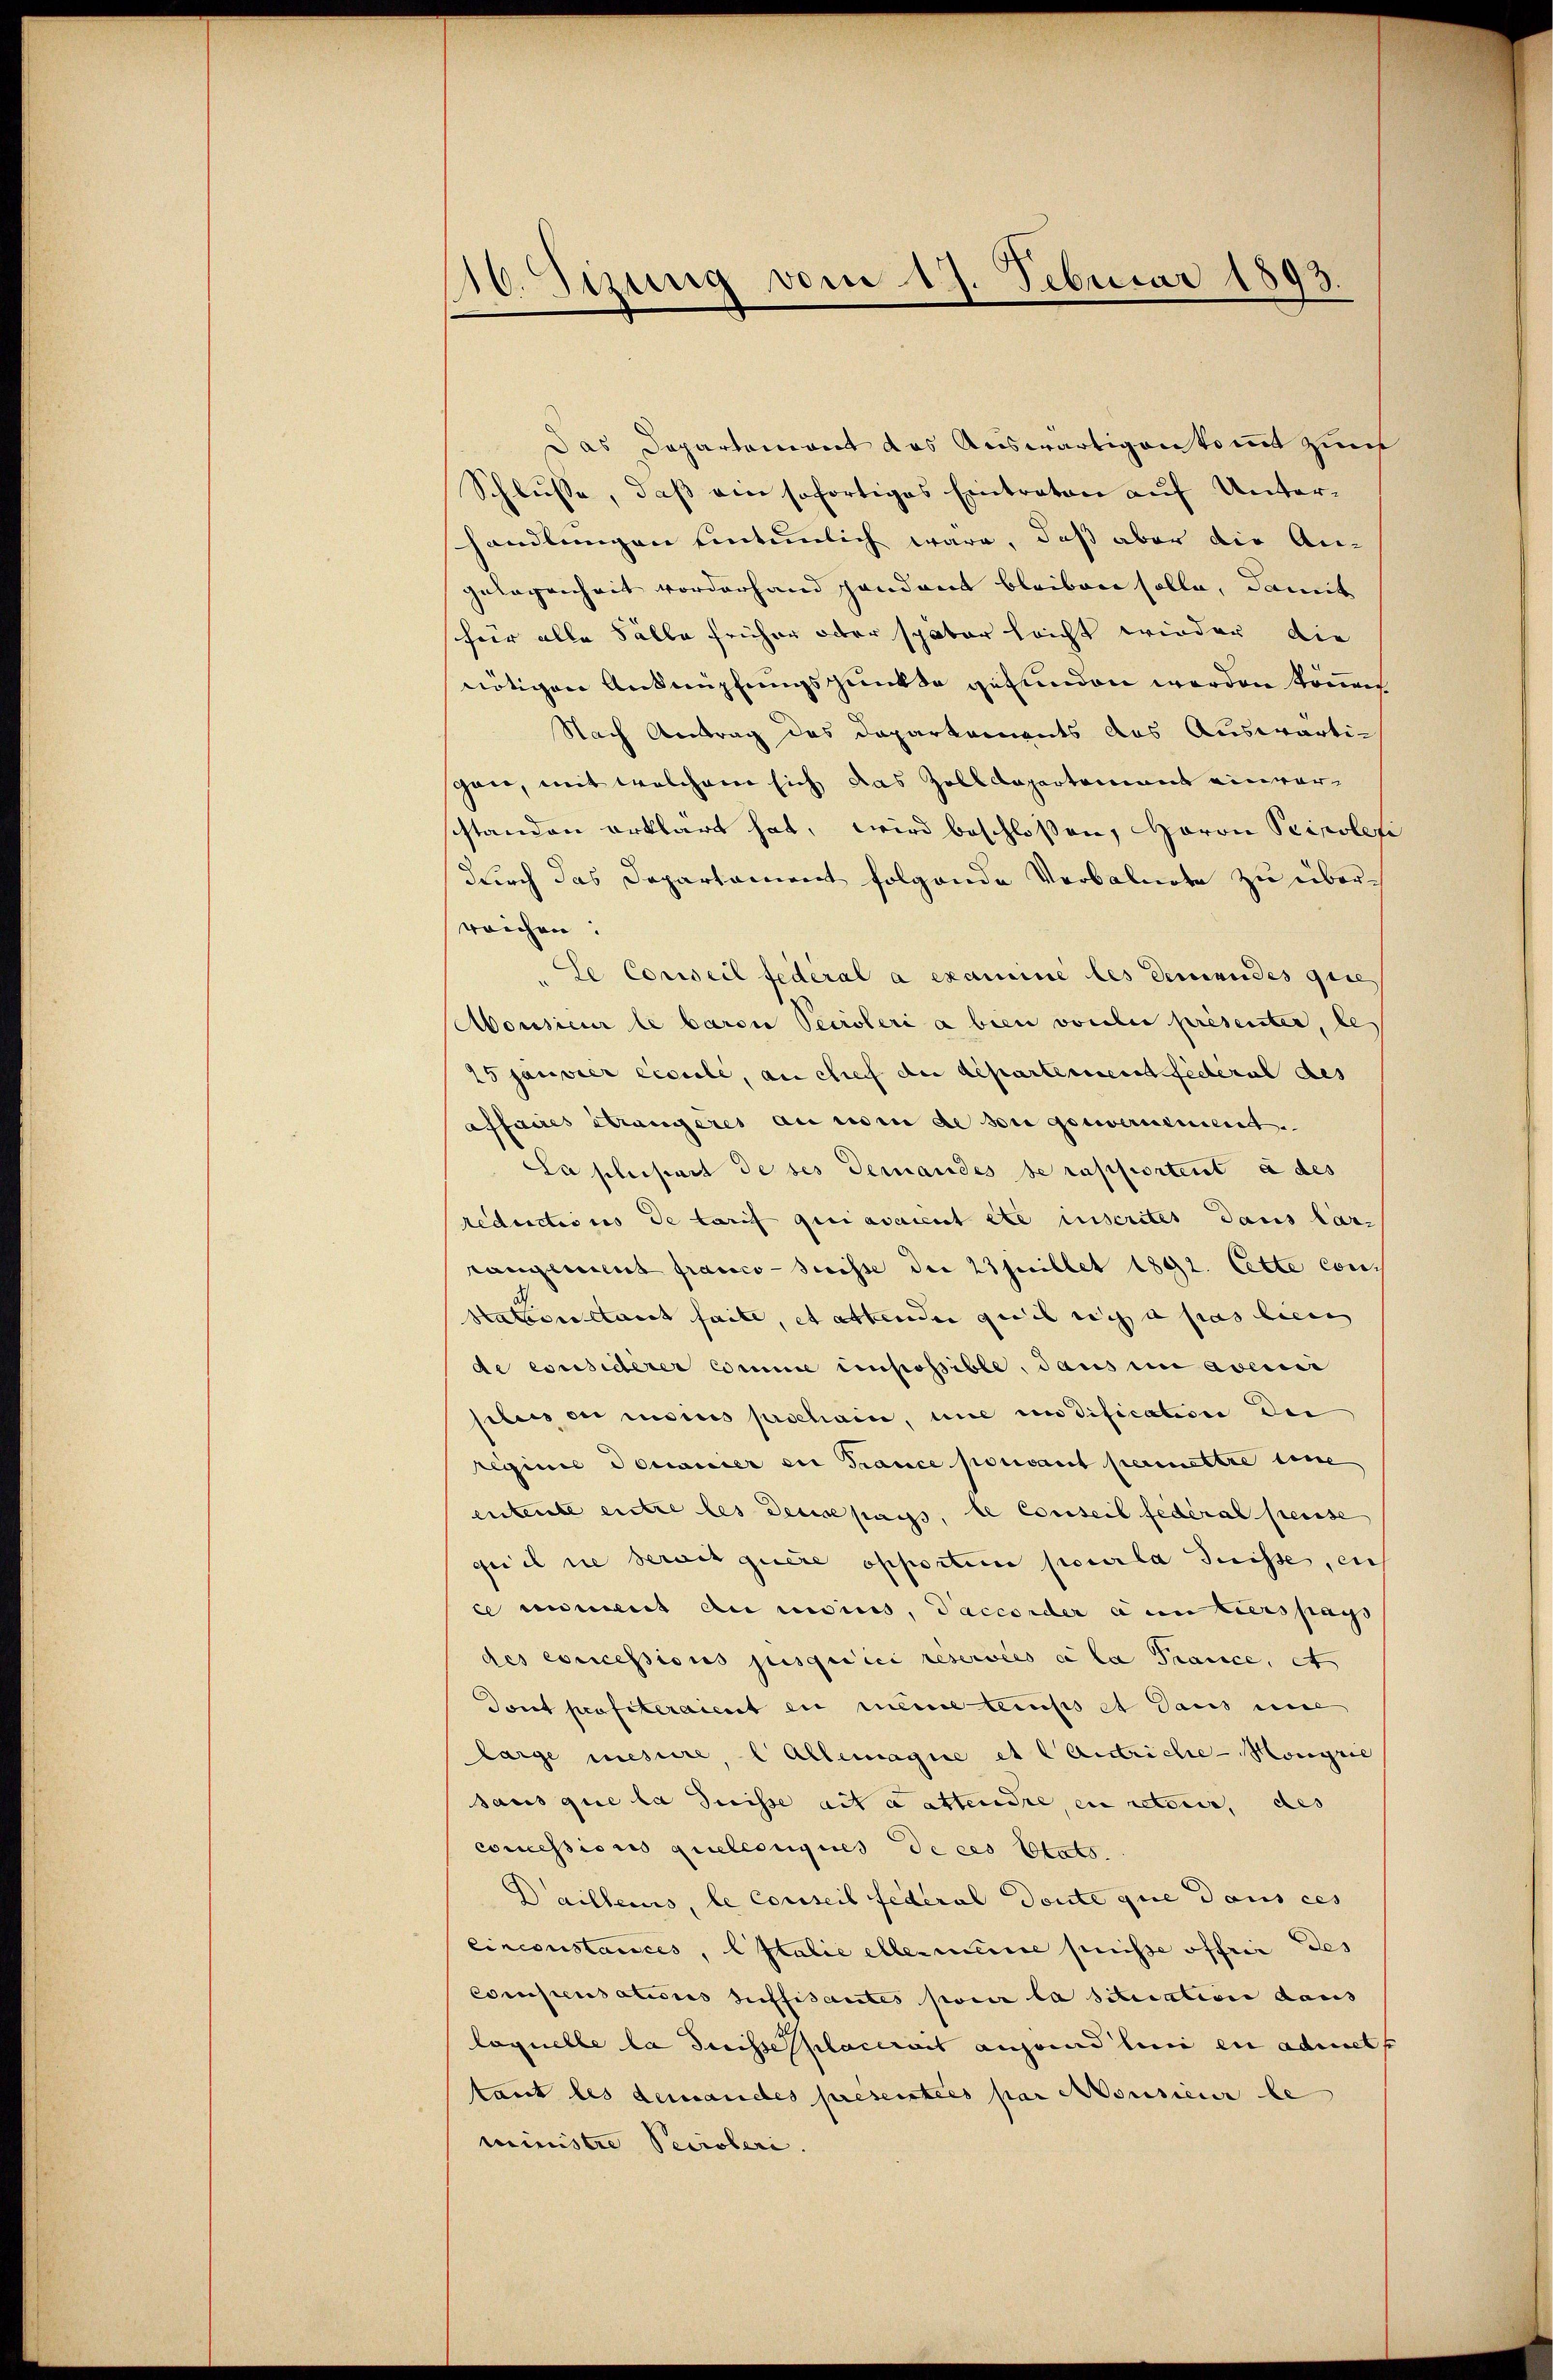
10. Sizung vom 19. Februar 1893.

Das Departement das Auswärtigen kommt zur
Schlusse, daß am sofortiges Eintraten auf Unterhandlungen eintenlich wäre, daß aber die An-
gelegenheit vorderhand handant bleiben solle, damit
für alle Fälle früher oder später leicht wieder die
nötigen Anknüpfungspunkte gefunden werden könt
Nach Antrag des Daparkaments das Auswärtigaer, mit welchem sich das Zolldepartement einverstanden erklärt hat, wird beschloßen, Haron Seipolesi
durch das Departament folgende Verbalnote zu überreichen:
Se Corweil feiteral a examine les demandes gese
Monsieur le baron Secroleri a bien vorles présenter, les
25 janvier excelle, an Stief der departement fédéral des
affaires Strangeres an nom de sie gouvernement.
Sa plaesart de ses demandes se rapportent à des
reductions de tarif qui avaient etc inscritet dans las-
rangenient franco-Suisse der 23 pillet 1892. Cette con-
stattenstant faite, et attenden geeil sich a pas biens
de considérer Comme impossible, dans in evenie
sibus ou moins prochain, une in dification der
regginie domanier en France pouvant permettre eine
entente entre les dense pass, le conseil fédéral Preise
geiel sie serait quere opportire pour la Suisse, en
ce imment du nisius, Saccorder à un tiers pays
des concessions jusqudici reservées à la Trance, et
Tont profiteraient en meine temps et dans ei
large mesure, l Allemagne et CAnriche - Mongrie
sans que la Suisse ait a attendre, en retour, des
concessions quelconques de ces Etats.
Dailleurs, le conseil Federal doute que dans ces
einconstances, Italie ellermeine puisse offrir des
Compensatiores suffisantes pour la situation daus
laquelle la Suisse placerait angend lini en admett
tant les demandes présentées par Monsieur be
ministre Perroleri.